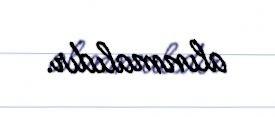
alınmalıdır.